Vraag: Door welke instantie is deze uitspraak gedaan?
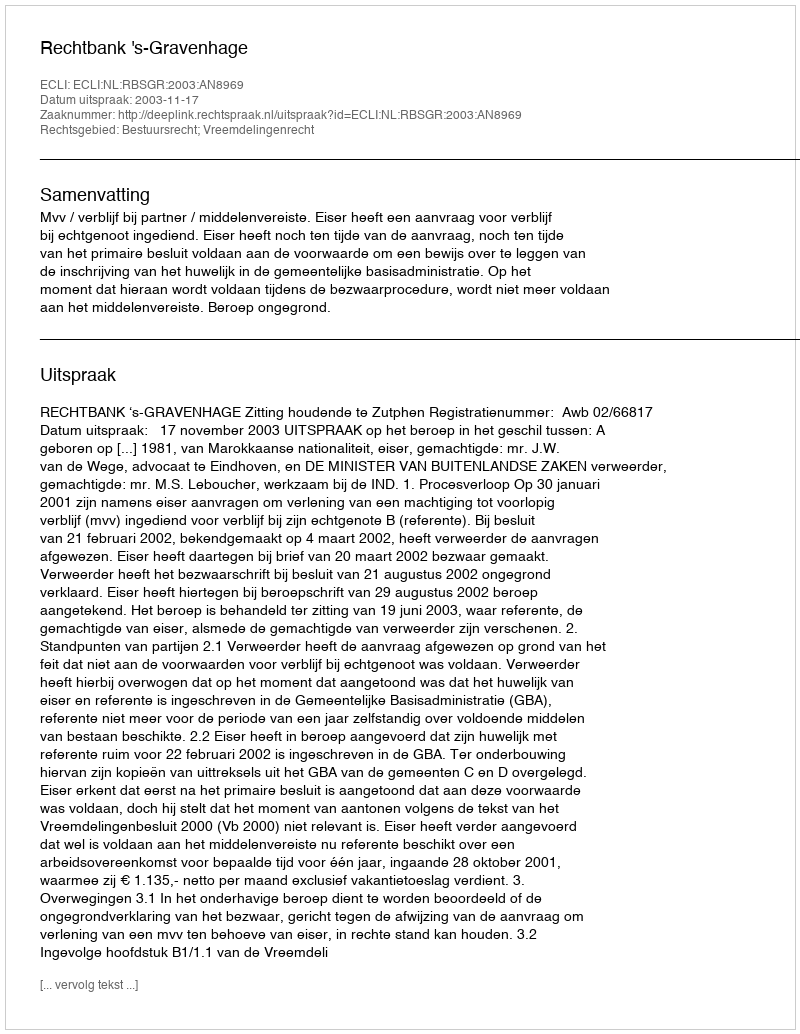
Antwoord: Rechtbank 's-Gravenhage